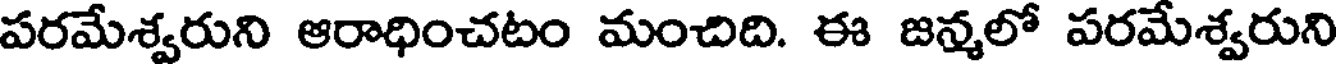
పరమేశ్వరుని ఆరాధించటం మంచిది. ఈ జన్మలో పరమేశ్వరుని